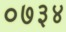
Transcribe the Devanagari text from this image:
०७३४